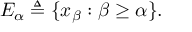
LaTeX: E _ { \alpha } \triangleq \{ x _ { \beta } : \beta \geq \alpha \} .